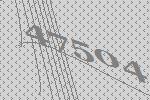
47504